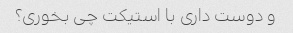
و دوست داری با استیکت چی بخوری؟